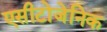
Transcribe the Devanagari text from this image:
एसीटोजेनिक